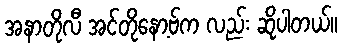
အနာတိုလီ အင်တိုနော့ဗ်က လည်း ဆိုပါတယ်။